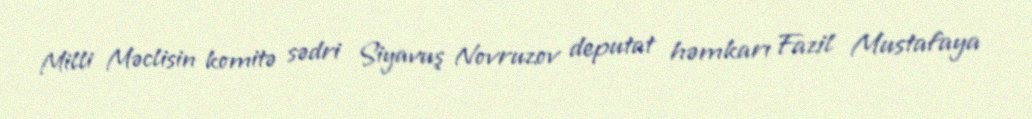
Milli Məclisin komitə sədri Siyavuş Novruzov deputat həmkarı Fazil Mustafaya